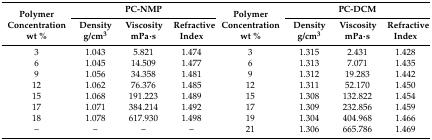
<table><thead><tr><td rowspan="2"><b>Polymer Concentration wt %</b></td><td colspan="3"><b>PC-NMP</b></td><td rowspan="2"><b>Polymer Concentration wt %</b></td><td colspan="3"><b>PC-DCM</b></td></tr><tr><td><b>Density g/cm<sup>3</sup></b></td><td><b>Viscosity mPa·s</b></td><td><b>Refractive Index</b></td><td><b>Density g/cm<sup>3</sup></b></td><td><b>Viscosity mPa·s</b></td><td><b>Refractive Index</b></td></tr></thead><tbody><tr><td>3</td><td>1.043</td><td>5.821</td><td>1.474</td><td>3</td><td>1.315</td><td>2.431</td><td>1.428</td></tr><tr><td>6</td><td>1.045</td><td>14.509</td><td>1.477</td><td>6</td><td>1.313</td><td>7.071</td><td>1.435</td></tr><tr><td>9</td><td>1.056</td><td>34.358</td><td>1.481</td><td>9</td><td>1.312</td><td>19.283</td><td>1.442</td></tr><tr><td>12</td><td>1.062</td><td>76.376</td><td>1.485</td><td>12</td><td>1.311</td><td>52.170</td><td>1.450</td></tr><tr><td>15</td><td>1.068</td><td>191.223</td><td>1.489</td><td>15</td><td>1.308</td><td>132.822</td><td>1.454</td></tr><tr><td>17</td><td>1.071</td><td>384.214</td><td>1.492</td><td>17</td><td>1.309</td><td>232.856</td><td>1.459</td></tr><tr><td>18</td><td>1.078</td><td>617.930</td><td>1.498</td><td>19</td><td>1.304</td><td>404.968</td><td>1.466</td></tr><tr><td>–</td><td>–</td><td>–</td><td>–</td><td>21</td><td>1.306</td><td>665.786</td><td>1.469</td></tr></tbody></table>